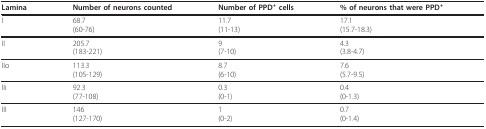
| Lamina | Number of neurons counted | Number of PPD+ cells | % of neurons that were PPD+ |
 | --- | --- | --- | --- |
 | I | 68.7(60-76) | 11.7(11-13) | 17.1(15.7-18.3) |
 | II | 205.7(183-221) | 9(7-10) | 4.3(3.8-4.7) |
 | IIo | 113.3(105-129) | 8.7(6-10) | 7.6(5.7-9.5) |
 | IIi | 92.3(77-108) | 0.3(0-1) | 0.4(0-1.3) |
 | III | 146(127-170) | 1(0-2) | 0.7(0-1.4) |